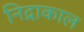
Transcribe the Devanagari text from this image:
निद्राकाल